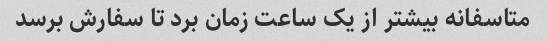
متاسفانه بیشتر از یک ساعت زمان برد تا سفارش برسد